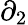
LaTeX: \partial_{2}